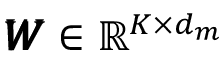
\pmb { W } \in \mathbb { R } ^ { K \times d _ { m } }